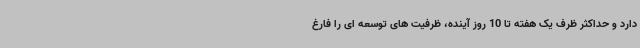
دارد و حداکثر ظرف یک هفته تا 10 روز آینده، ظرفیت های توسعه ای را فارغ